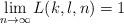
LaTeX: \begin{align*}\lim_{n \to \infty} L(k,l,n) =1\end{align*}